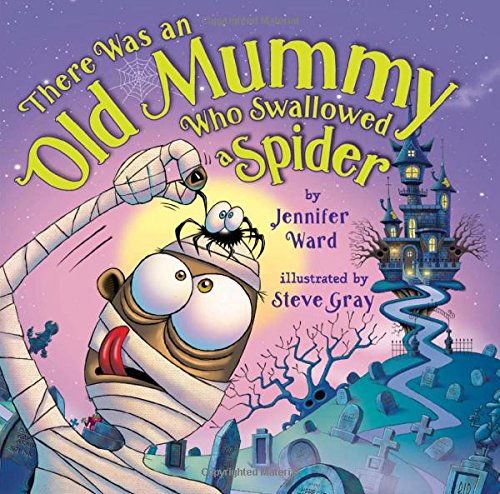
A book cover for There Was an Old Mummy Who Swallowed a Spider; Jennifer Ward; Children's Books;